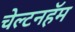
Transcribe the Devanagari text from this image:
चेल्टनहॅम